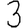
Digit: 3